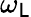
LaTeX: \omega_{\mathsf{L}}